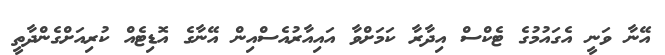
އޭނާ ވަނީ އެގައުމުގެ ޓެކްސް އިދާރާ ކަމަށްވާ އައިއާރުއެސްއިން އޭނާގެ އޮޑިޓެއް ކުރިއަށްގެންދާތީ